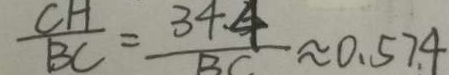
\frac { C H } { B C } = \frac { 3 4 . 4 } { B C } \approx 0 . 5 7 4